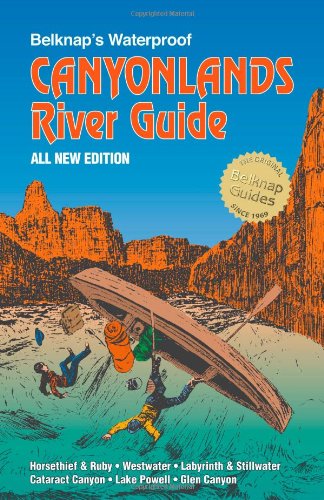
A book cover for Belknap's Waterproof Canyonlands River Guide All New Edition; Buzz Belknap/Loie Belknap Evans; Travel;